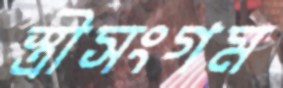
স্ত্রীসংগম